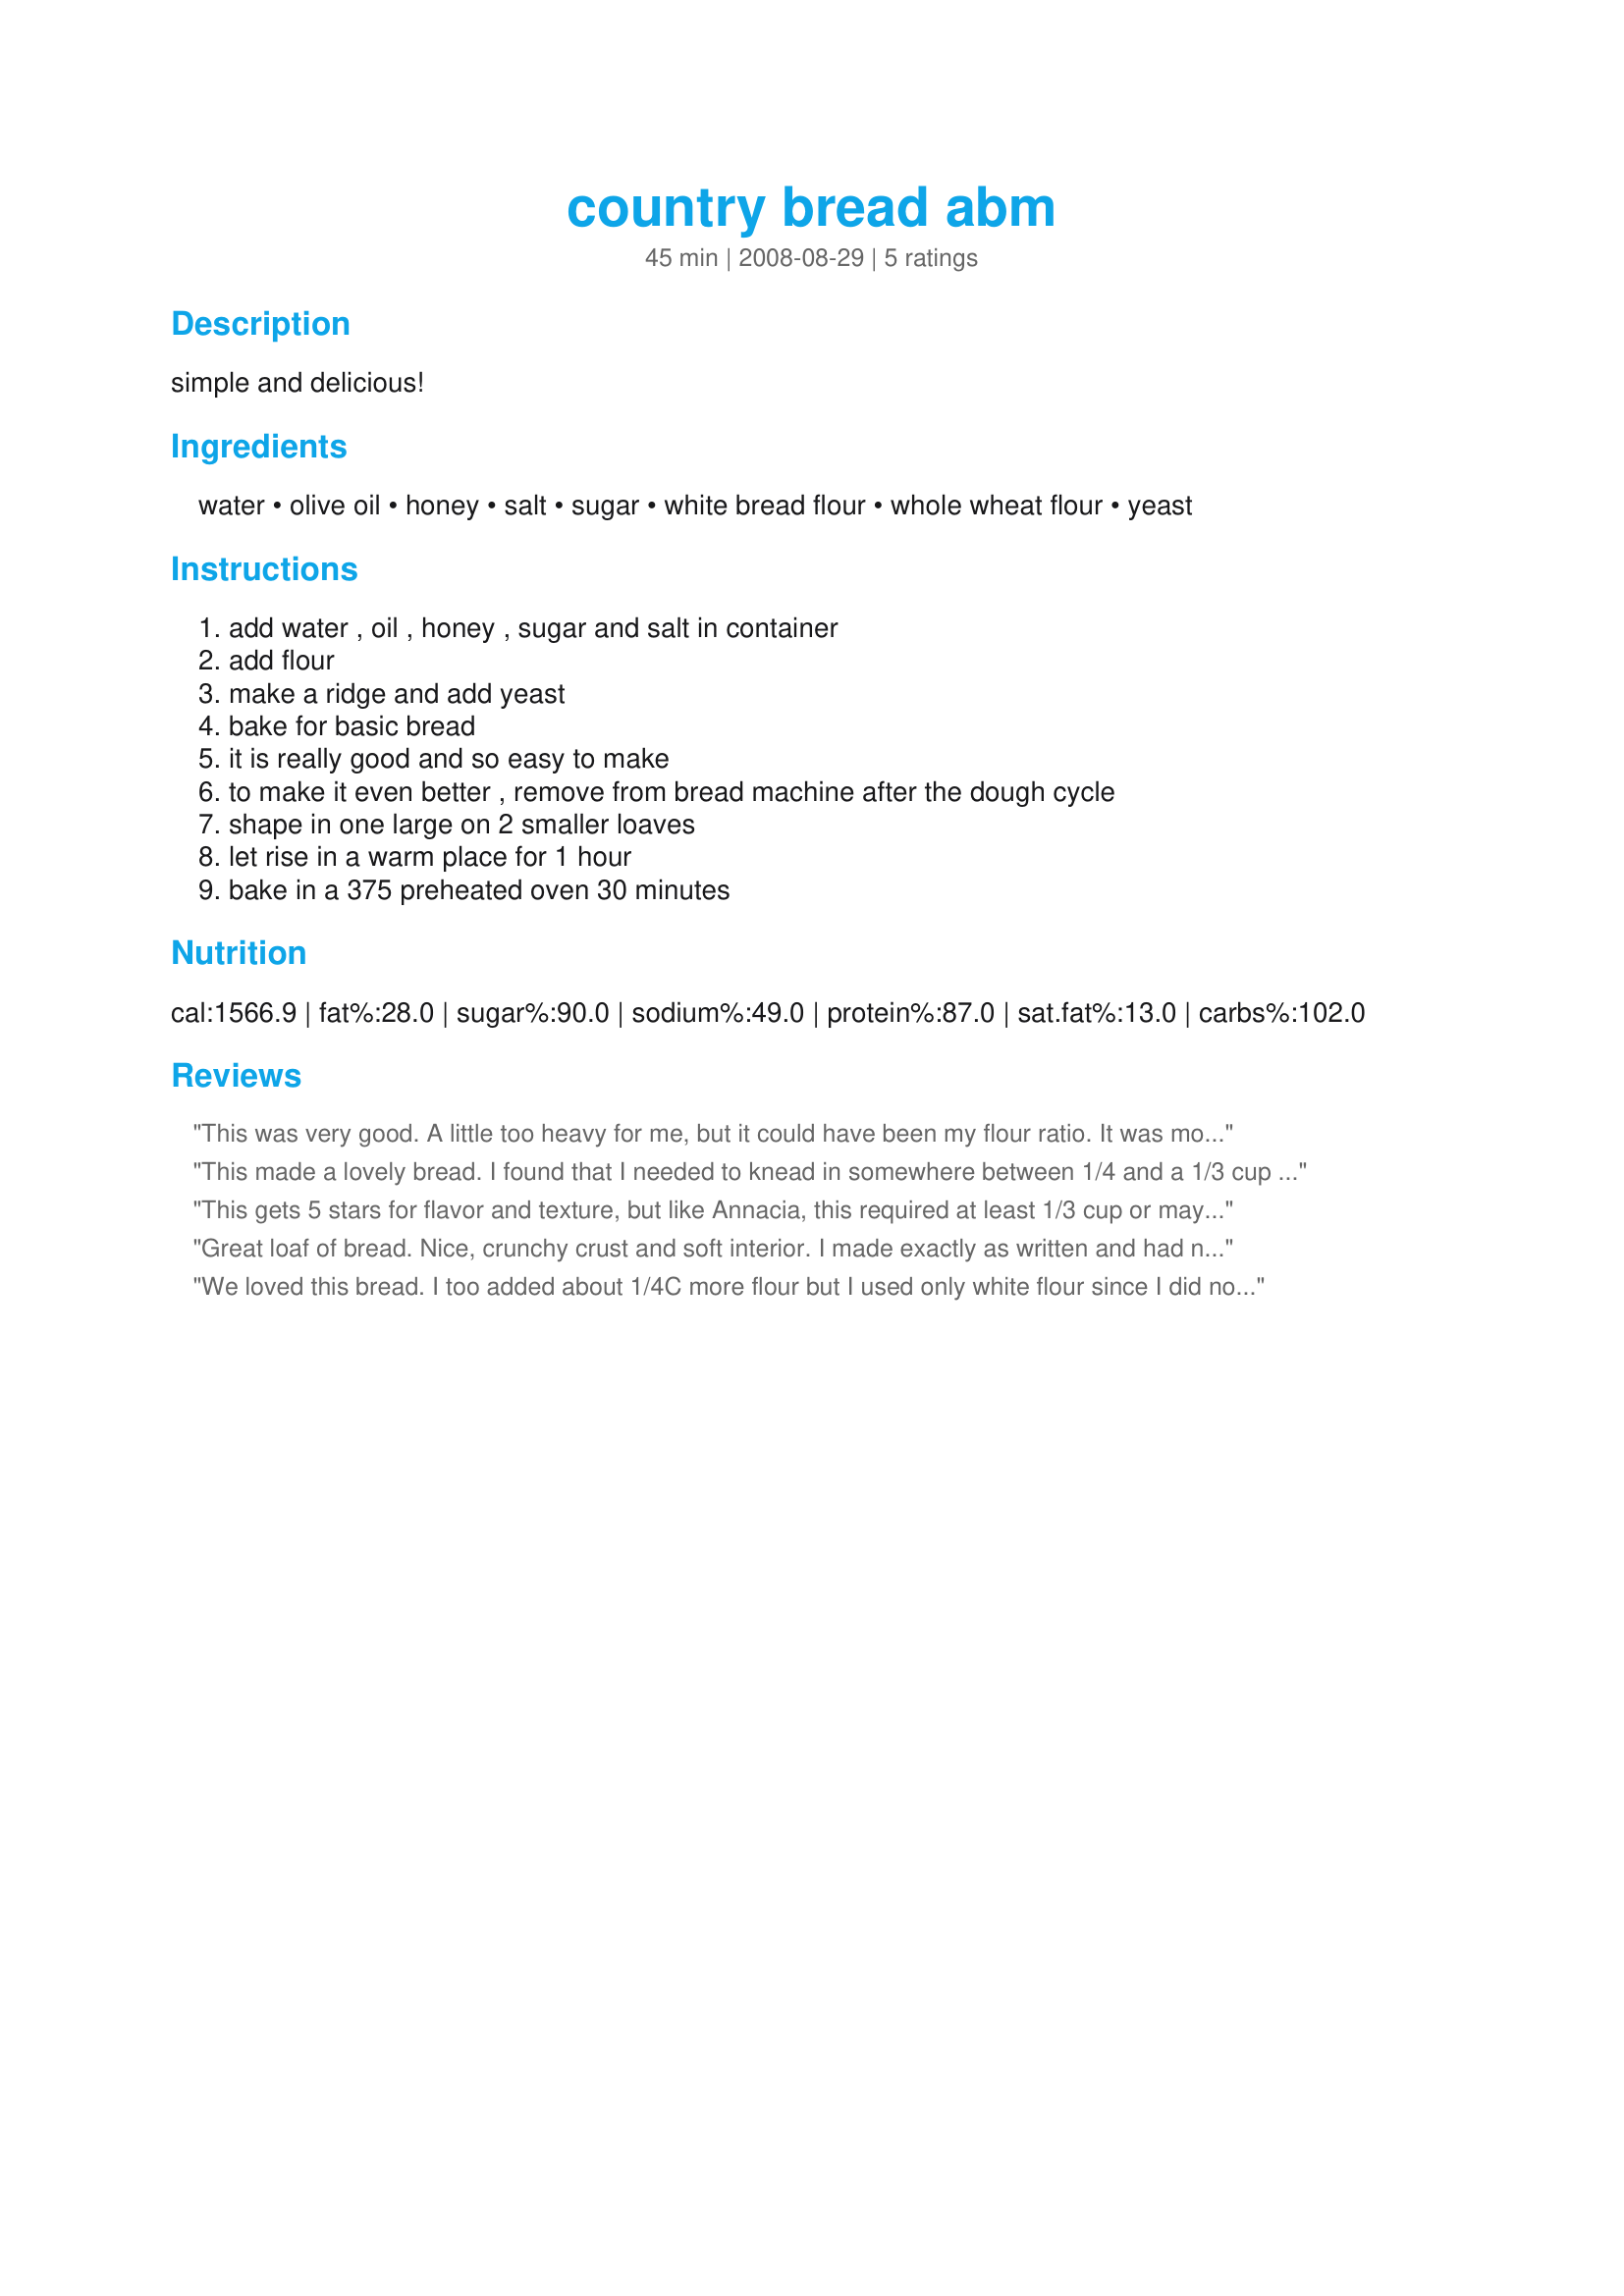
country bread abm
Preparation time: 45 minutes

simple and delicious!

Ingredients:
water, olive oil, honey, salt, sugar, white bread flour, whole wheat flour, yeast

Steps:
add water , oil , honey , sugar and salt in container, add flour, make a ridge and add yeast, bake for basic bread, it is really good and so easy to make, to make it even better , remove from bread machine after the dough cycle, shape in one large on 2 smaller loaves, let rise in a warm place for 1 hour, bake in a 375 preheated oven 30 minutes

Reviews:
This was very good. A little too heavy for me, but it could have been my flour ratio. It was more like a wheat bread to me, as I did have to add quite a bit of flour to make it the consistency that it needed to be, and I chose flour. I brushed melted butter on the top and baked it in the oven. Super good.
This made a lovely bread. I found that I needed to knead in somewhere between 1/4 and a 1/3 cup more flour when the dough cycle was done. When that was done it was easy to handle and form into a loaf (I always bake the bread in the oven). It has great texture and will make excellent toast and sandwiches. I omited the honey and added 1 tbsp of Splenda in it's stead. There is nothing better than fresh homemade bread. Made for Photo Tag.
This gets 5 stars for flavor and texture, but like Annacia, this required at least 1/3 cup or maybe more, didn't measure, before it could be handled. I used the dough cycle, then kneaded it and formed into a loaf and let rise again. It didn't hold its shape, probably should've added more flour than I did, so no picture was taken. We loved the flavor and the texture and will make again using 1 cup of water instead of the 1 and 1/3 cup. Thanks Lorrie for sharing this bread. Made for holiday tag.
Great loaf of bread. Nice, crunchy crust and soft interior. I made exactly as written and had no problems. I usually let the ABM do the kneading and then finish by hand, but let the machine do the whole thing today and it turned out perfect! Went great with a big bowl of chicken soup.
We loved this bread. I too added about 1/4C more flour but I used only white flour since I did not have whole wheat on hand and I wasn't sure if that may have effected the stickiness of the dough. No problem though, once the extra flour was added I kneaded it and shaped into a loaf. Placed in a greased loaf pan and let rise. It rose beautifully. I am very new to bread making and this made me look like I knew what I was doing. I have attached photos for you. Thanks so much Lorrie, I have found a keeper. (Made for Fall PAC 2008)
